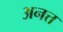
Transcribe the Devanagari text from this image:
अनत्त